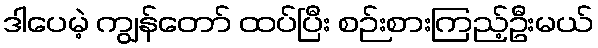
ဒါပေမဲ့ ကျွန်တော် ထပ်ပြီး စဉ်းစားကြည့်ဦးမယ်